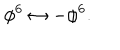
\phi ^ { 6 } \leftrightarrow - \phi ^ { 6 } .